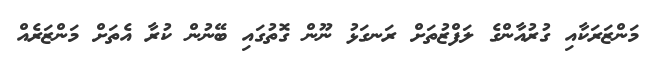
މަންޒަރަކާއި ގުރުއާންގެ ލަފްޒުތަށް ރަނގަޅު ނޫން ގޮތުގައި ބޭނުން ކުރާ އެތަށް މަންޒަރެއް